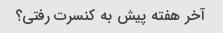
آخر هفته پیش به کنسرت رفتی؟